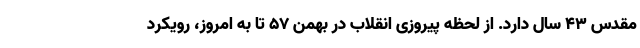
مقدس ۴۳ سال دارد. از لحظه پیروزی انقلاب در بهمن ۵۷ تا به امروز، رویکرد